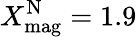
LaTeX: X_{\mathrm{mag}}^{\mathrm{N}}=1.9